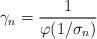
LaTeX: \begin{align*} \gamma_n = \frac{1}{\varphi(1/\sigma_n)}\end{align*}